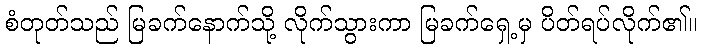
စံတုတ်သည် မြခက်နောက်သို့ လိုက်သွားကာ မြခက်ရှေ့မှ ပိတ်ရပ်လိုက်၏။